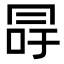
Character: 冔